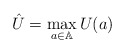
\begin{align*}\hat{U}=\max\limits_{a\in\mathbb{A}}U(a)\end{align*}